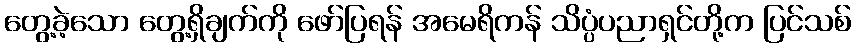
တွေ့ခဲ့သော တွေ့ရှိချက်ကို ဖော်ပြရန် အမေရိကန် သိပ္ပံပညာရှင်တို့က ပြင်သစ်